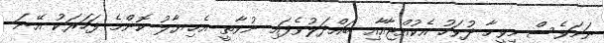
ނަމަވެސް މިވީހާ ދުވަހު އެކުއްޖާއާއި ބައްދަލުވެފައި ނުވާތީ އެޚިޔާލު ކޮންމެ ފަހަރަކު އޭނަ